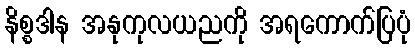
နိစ္စဒါန အနုကုလယညကို အရကောက်ပြပုံ